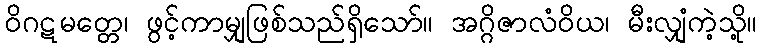
ဝိဂဋမတ္တေ၊ ဖွင့်ကာမျှဖြစ်သည်ရှိသော်။ အဂ္ဂိဇာလံဝိယ၊ မီးလျှံကဲ့သို့။